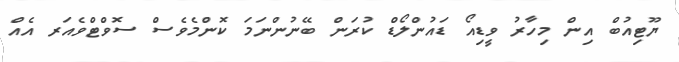
ޔޫޓިއުބް އިން މިހާރު ވީޑިއޯ ޑައުންލޯޑް ކުރަން ބޭނުންނަމަ ކޮންމެވެސް ސޮވްޓްވެއަރ އެއް